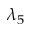
\lambda _ { 5 }